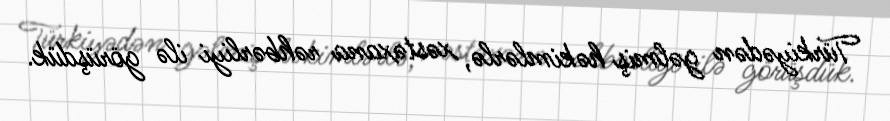
Türkiyədən gəlmiş həkimlərlə, xəstəxana rəhbərliyi ilə görüşdük.